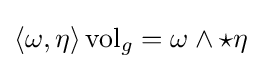
\langle \omega ,\eta \rangle \operatorname {vol} _{g}=\omega \wedge \star \eta